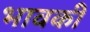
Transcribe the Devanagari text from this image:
भावकी